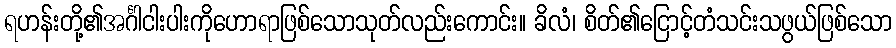
ရဟန်းတို့၏အင်္ဂါငါးပါးကိုဟောရာဖြစ်သောသုတ်လည်းကောင်း။ ခိလံ၊ စိတ်၏ငြောင့်တံသင်းသဖွယ်ဖြစ်သော